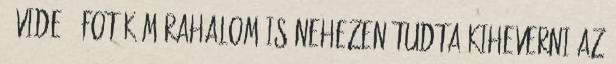
- videó, fotók Mórahalom is nehezen tudta kiheverni az